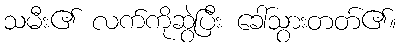
သမီး၏ လက်ကိုဆွဲပြီး ခေါ်သွားတတ်၏။